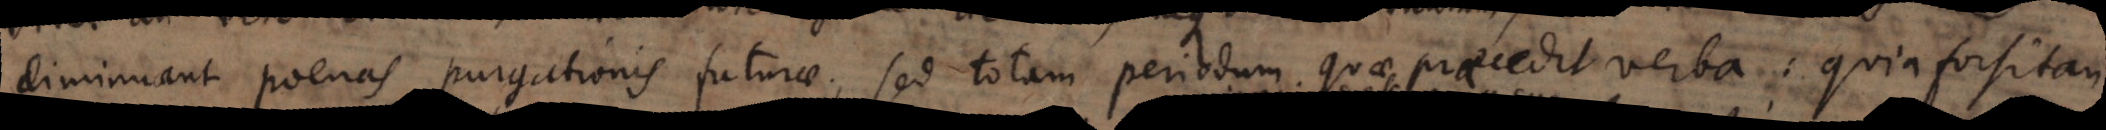
diminuant poenas purgationis futurae, sed totam periodum quae praecedit verba: quia forsitan